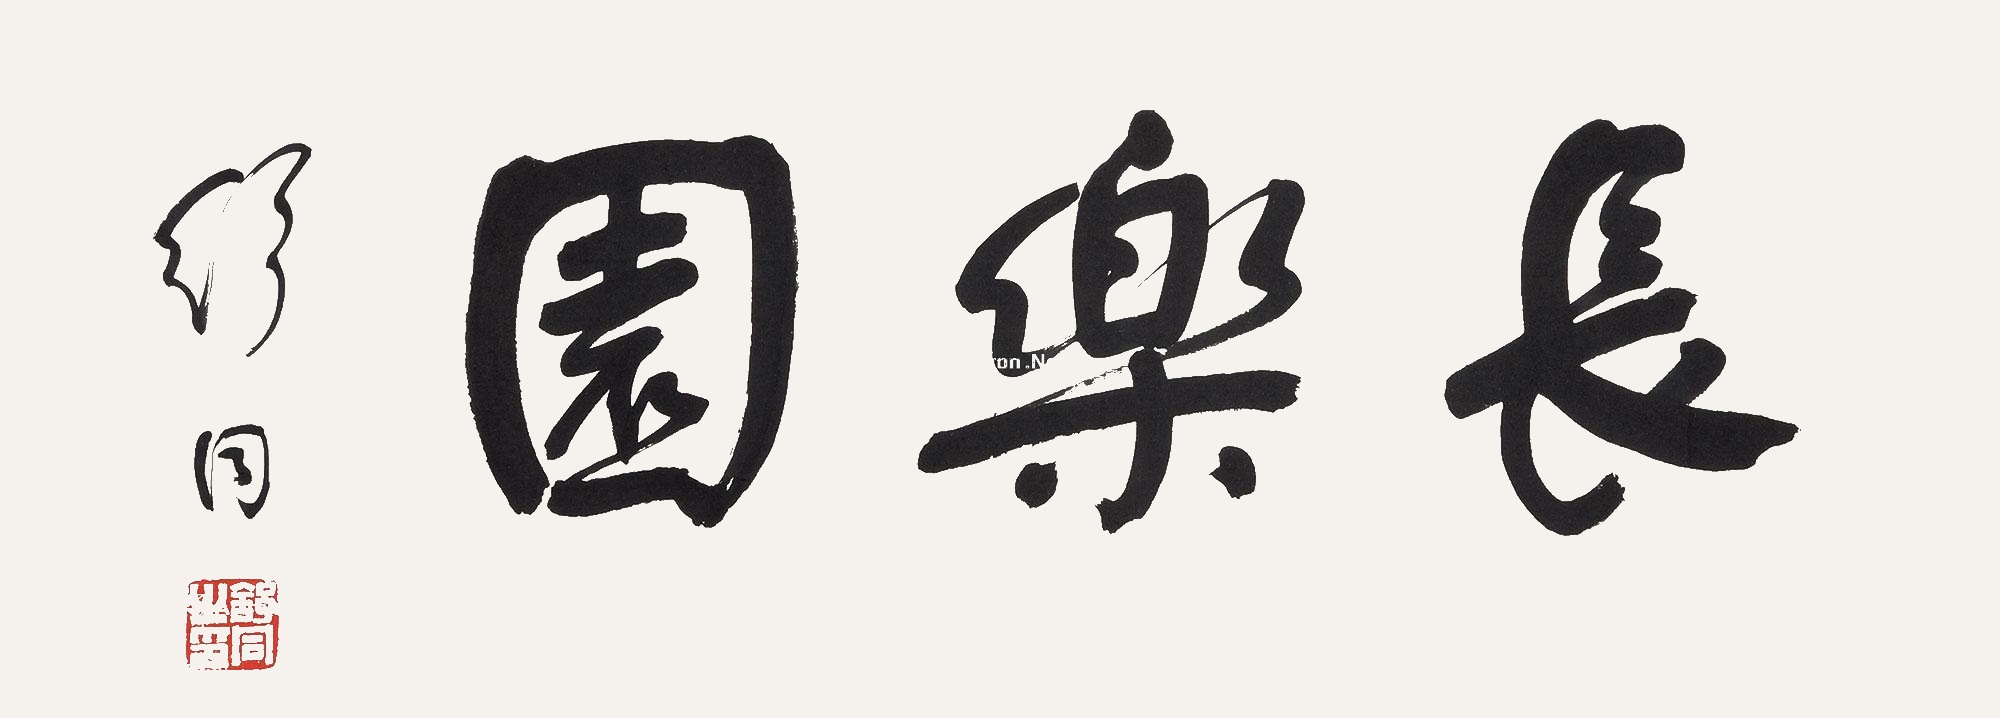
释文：长乐园舒同。